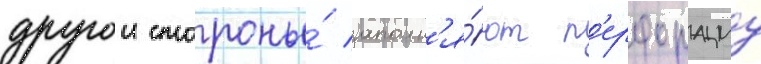
другои стороны́ заполн'я́ют п'ерфорациу